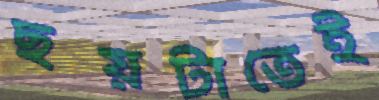
ছয়টাতেই